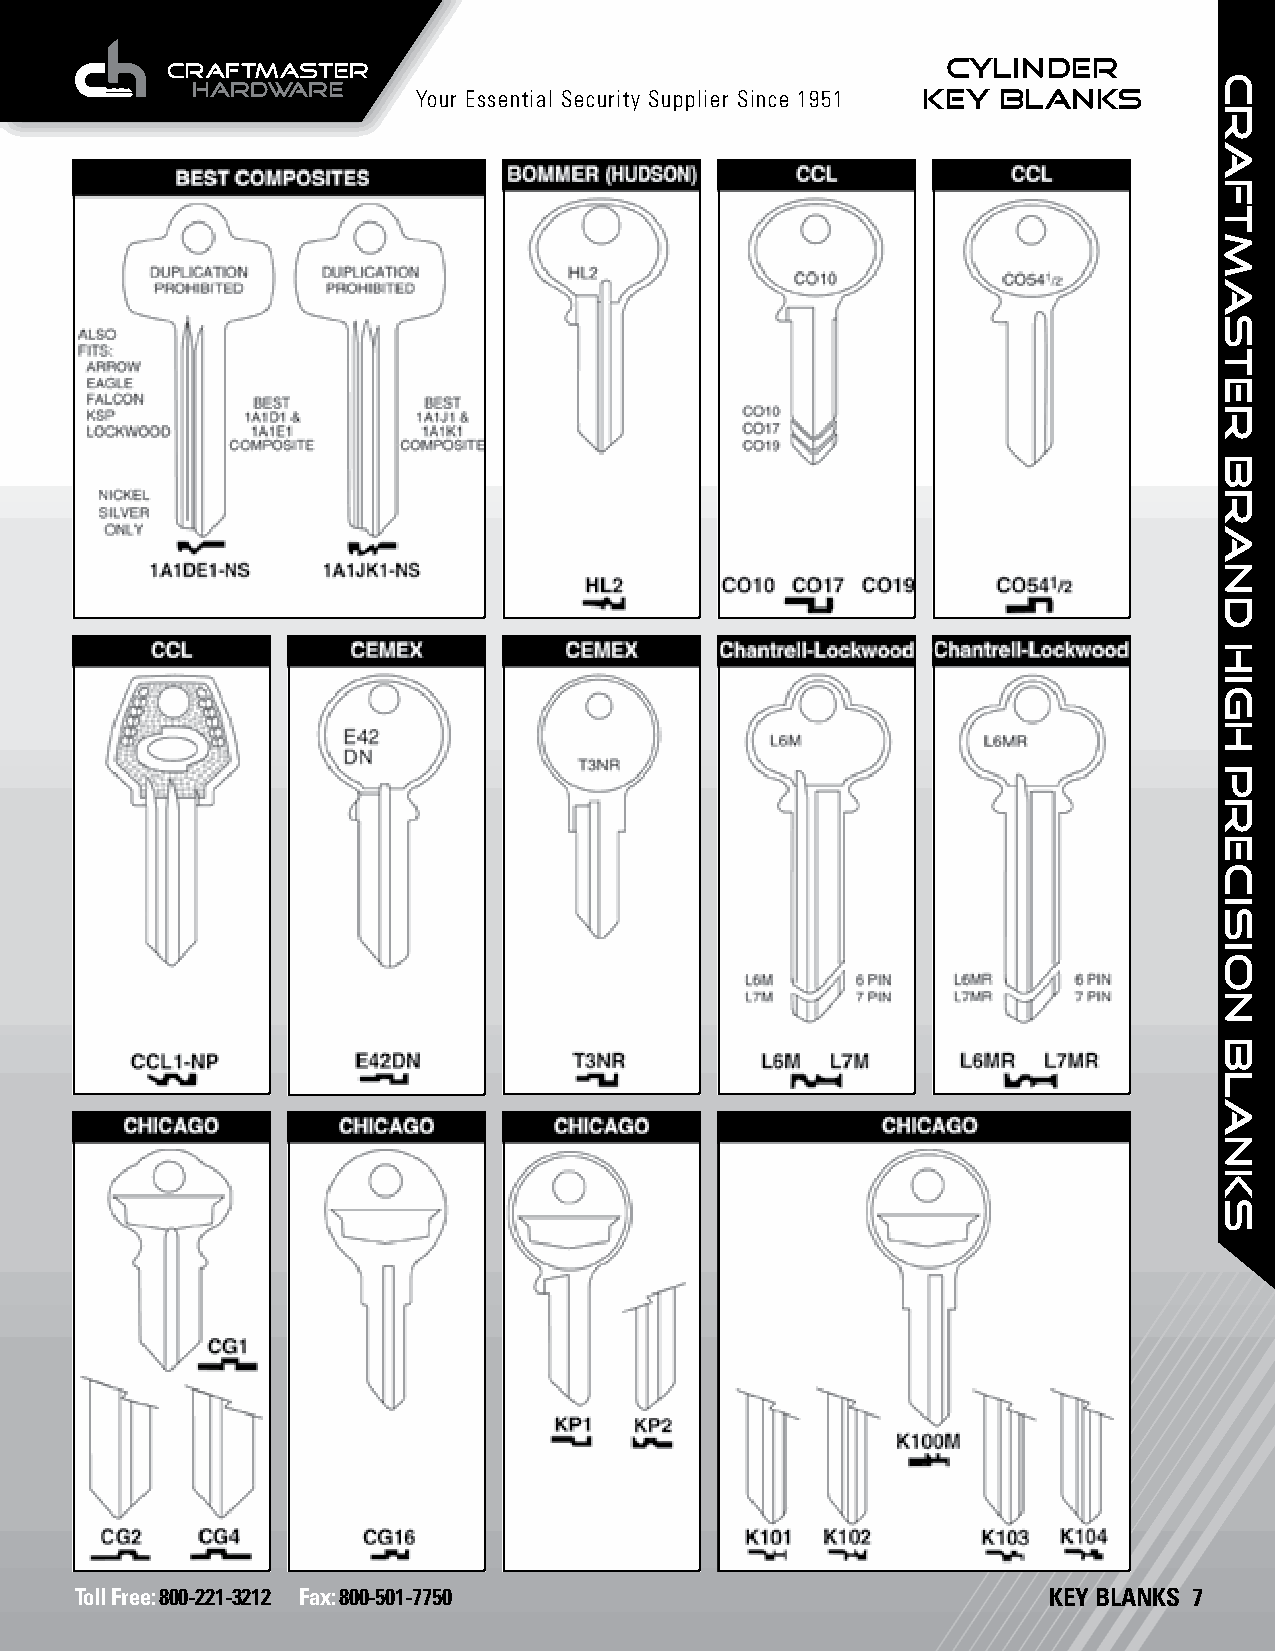
CYLINDER
 Your Essential Security Supplier Since 1951 KEY BLANKS
 Toll Free: 800-221-3212 Fax: 800-501-7750                       KEY BLANKS 7
 craftmaster
 brand
 HIGH
 PRECISION
 BLANKS